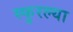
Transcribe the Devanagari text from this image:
स्फुरल्या